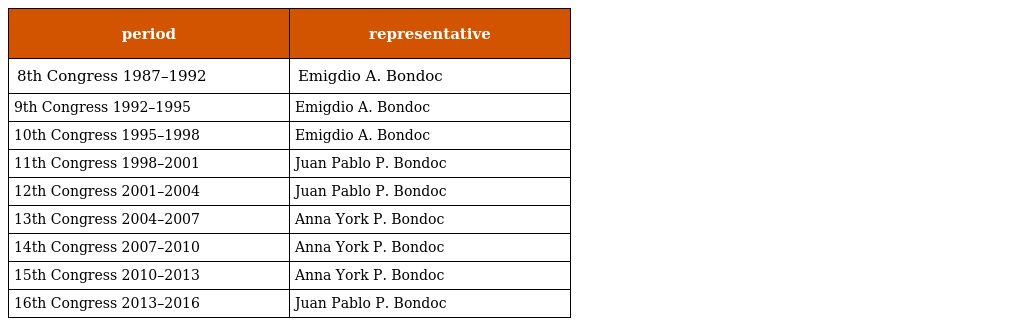
| period | representative |
 | --- | --- |
 | 8th Congress 1987–1992 | Emigdio A. Bondoc |
 | 9th Congress 1992–1995 | Emigdio A. Bondoc |
 | 10th Congress 1995–1998 | Emigdio A. Bondoc |
 | 11th Congress 1998–2001 | Juan Pablo P. Bondoc |
 | 12th Congress 2001–2004 | Juan Pablo P. Bondoc |
 | 13th Congress 2004–2007 | Anna York P. Bondoc |
 | 14th Congress 2007–2010 | Anna York P. Bondoc |
 | 15th Congress 2010–2013 | Anna York P. Bondoc |
 | 16th Congress 2013–2016 | Juan Pablo P. Bondoc |